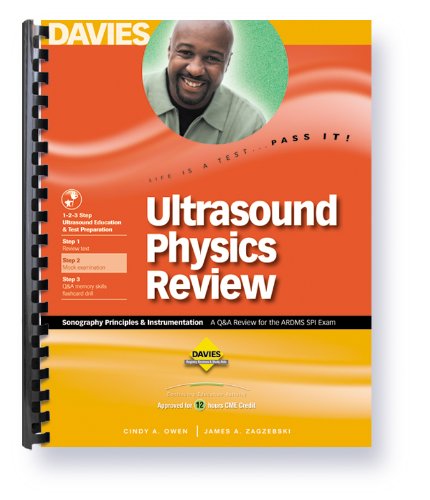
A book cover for Ultrasound Physics Review: A Review for the Ardms SPI Exam; Cindy Owen; Medical Books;